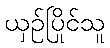
ယှဉ်ပြိုင်သူ